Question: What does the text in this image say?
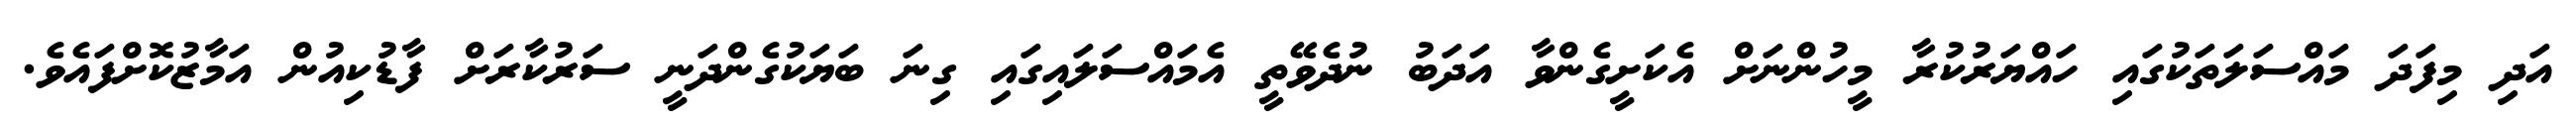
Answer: އަދި މިފަދަ މައްސަލަތަކުގައި ހައްޔަރުކުރާ މީހުންނަށް އެކަށީގެންވާ އަދަބު ނުދެވޭތީ އެމައްސަލައިގައި ގިނަ ބަޔަކުގެންދަނީ ސަރުކާރަށް ފާޑުކިއުން އަމާޒުކޮށްފައެވެ.